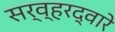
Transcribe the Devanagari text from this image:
सर्व्हरद्वारे